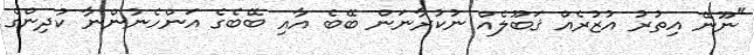
"ނޫނޭ އިތުރު އުޒުރެއް ޤަބޫލެއް ނުކުރާނަން ބޭބެ އާއި ބޭބެގެ އަންހެނުންނާ ކުދިންގެ